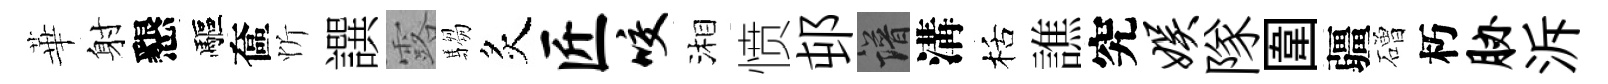
華射懇驅奩忻譔露騶炙匠咬湘愤邨譜溝栝譙究娱隊圍疆磳朽胁泝